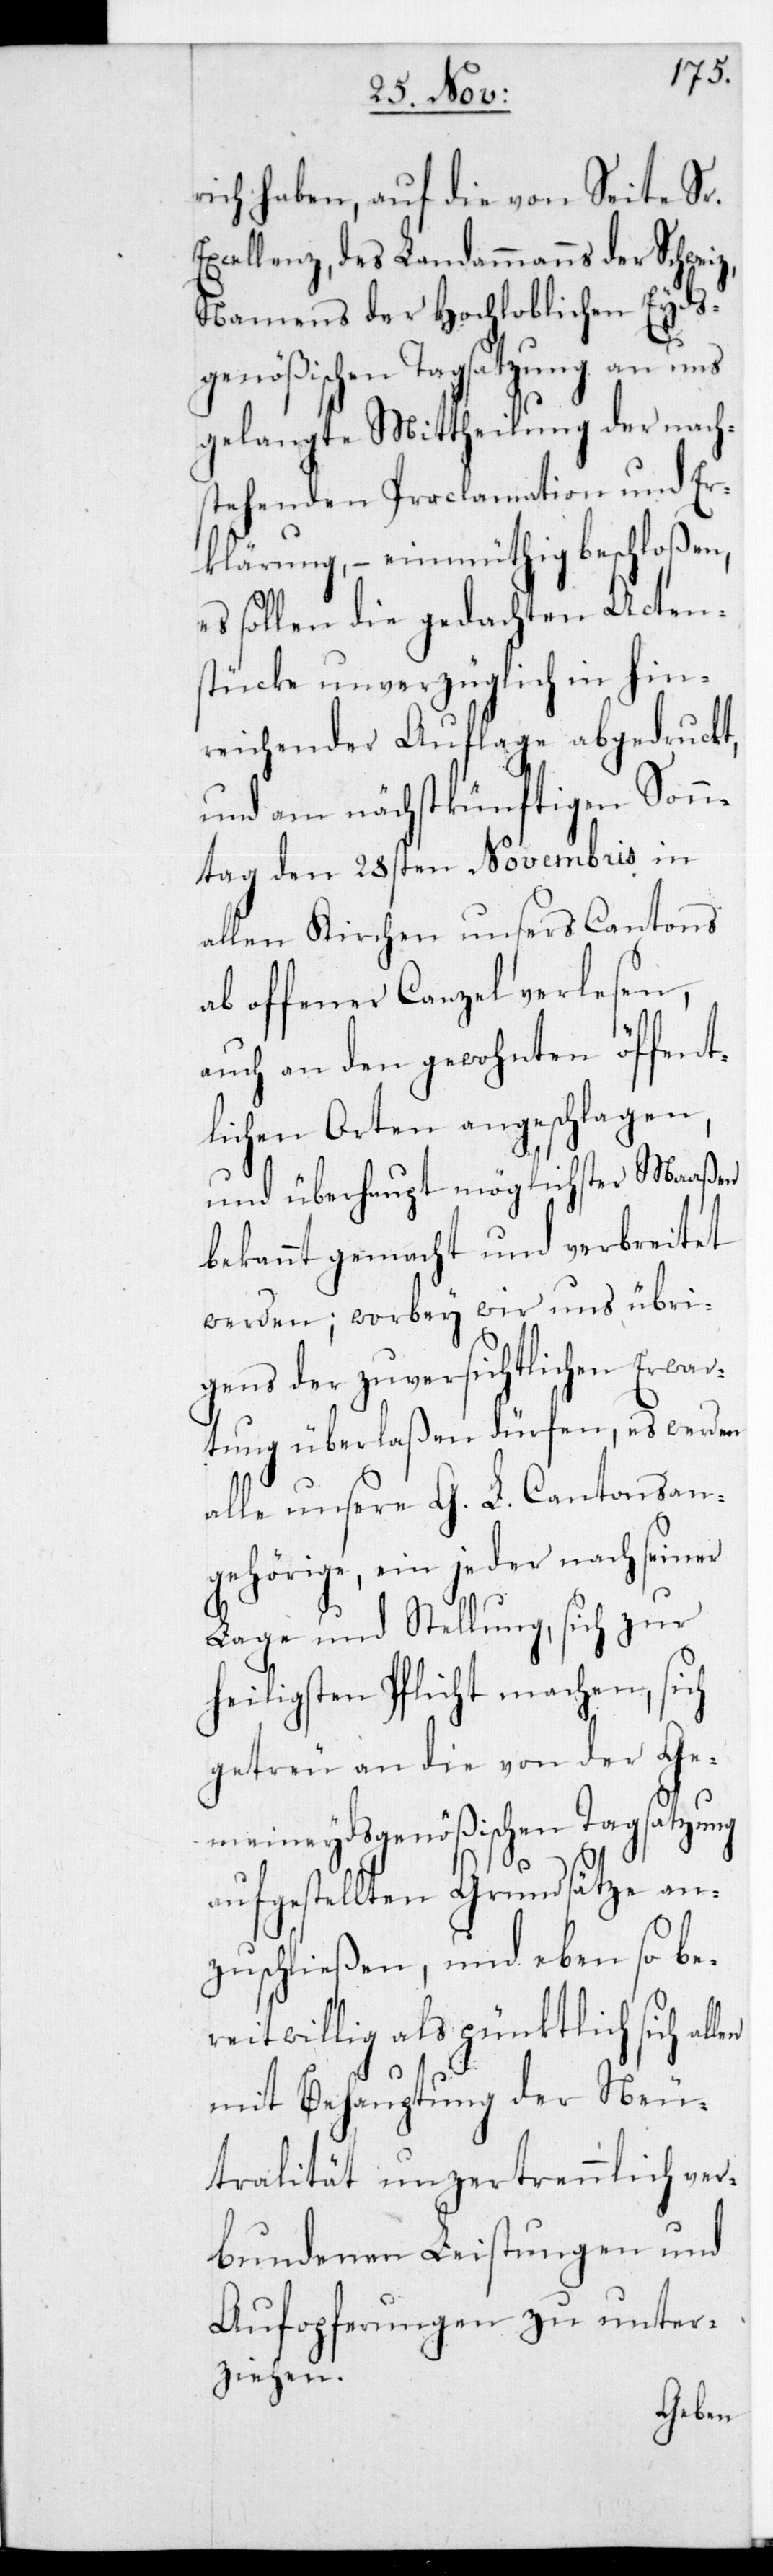
rich haben, auf die von
Excellenz des Landammanns der Sch¬
Namens der Hochloblich¬
len
gelangte Mittheilung der nach¬
kt,
stehenden Proclamation
Erklärung, – einmüthig beschloßen,
es sollen die gedachten Acten¬
stücke unverzüglich
reichender Auflage abgedruc¬
und am nächstkünftigen Sonn¬
tag den 28sten Novembris in
allen Kirchen unsers Cantons
ab offener Canzel verlesen,
auch an den gewohnten öffent¬
lichen Orten angeschlagen,
und überhaupt möglichster Maaßen
bekannt gemacht und verbreitet
werden; worbey wir uns übri¬
gens der zuversichtlichen Erwar¬
tung überlaßen dürfen, es werden
alle unsere G. L. Cantonsan¬
gehörige, ein jeder nach seiner
Lage und Stellung, sich zur
heiligsten Pflicht Machen,
getreu an die von der ge¬
meineydsgenößischen Tagsatzung
aufgestellten Grundsätze an¬
zuschließen, und eben so be¬
reitwillig als pünktlich sich al¬
mit Behauptung der Neu¬
tralität unzertrennlich ver¬
bundenen Leistungen und
Aufopferung zu unter¬
ziehen.